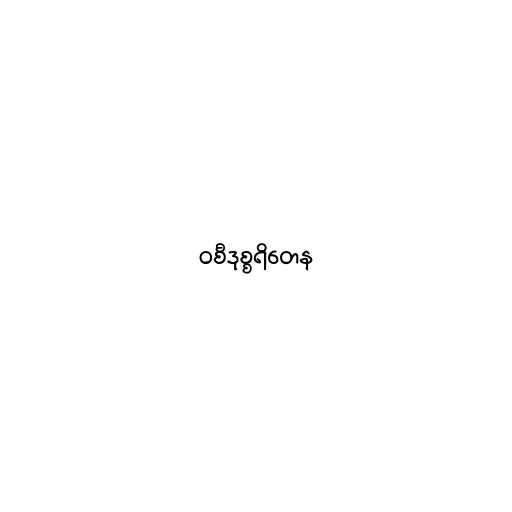
ဝစီဒုစ္စရိတေန